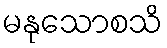
မနုသောစသိ